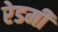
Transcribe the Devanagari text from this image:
रेडमी